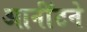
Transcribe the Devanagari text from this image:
आर्नॉटने